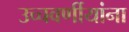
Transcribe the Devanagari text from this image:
उच्चवर्णीयांना